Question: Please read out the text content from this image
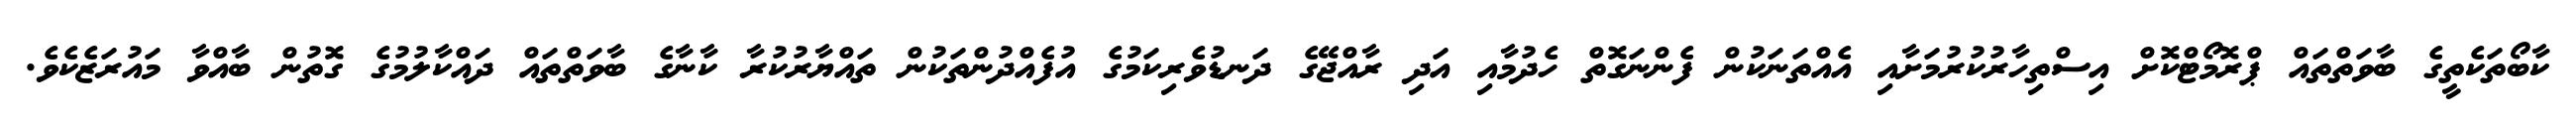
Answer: ކާބޯތަކެތީގެ ބާވަތްތައް ޕްރޮމޯޓްކޮށް އިސްތިހާރުކުރުމަށާއި އެއްތަނަކުން ފެންނަގޮތް ހެދުމާއި އަދި ރާއްޖޭގެ ދަނޑުވެރިކަމުގެ އުފެއްދުންތަކުން ތައްޔާރުކުރާ ކާނާގެ ބާވަތްތައް ދައްކާލުމުގެ ގޮތުން ބާއްވާ މައުރަޒެކެވެ.